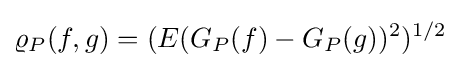
\varrho _{P}(f,g)=(E(G_{P}(f)-G_{P}(g))^{2})^{1/2}